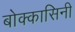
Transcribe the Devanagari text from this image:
बोक्कासिनी